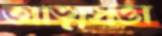
আত্মসত্তা